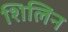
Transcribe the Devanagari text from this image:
शिलिन